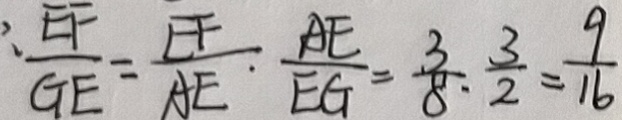
\frac { E F } { G E } = \frac { E F } { A E } : \frac { A E } { E G } = \frac { 3 } { 8 } : \frac { 3 } { 2 } = \frac { 9 } { 1 6 }